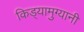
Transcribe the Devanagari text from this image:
किड्यामुग्यानी